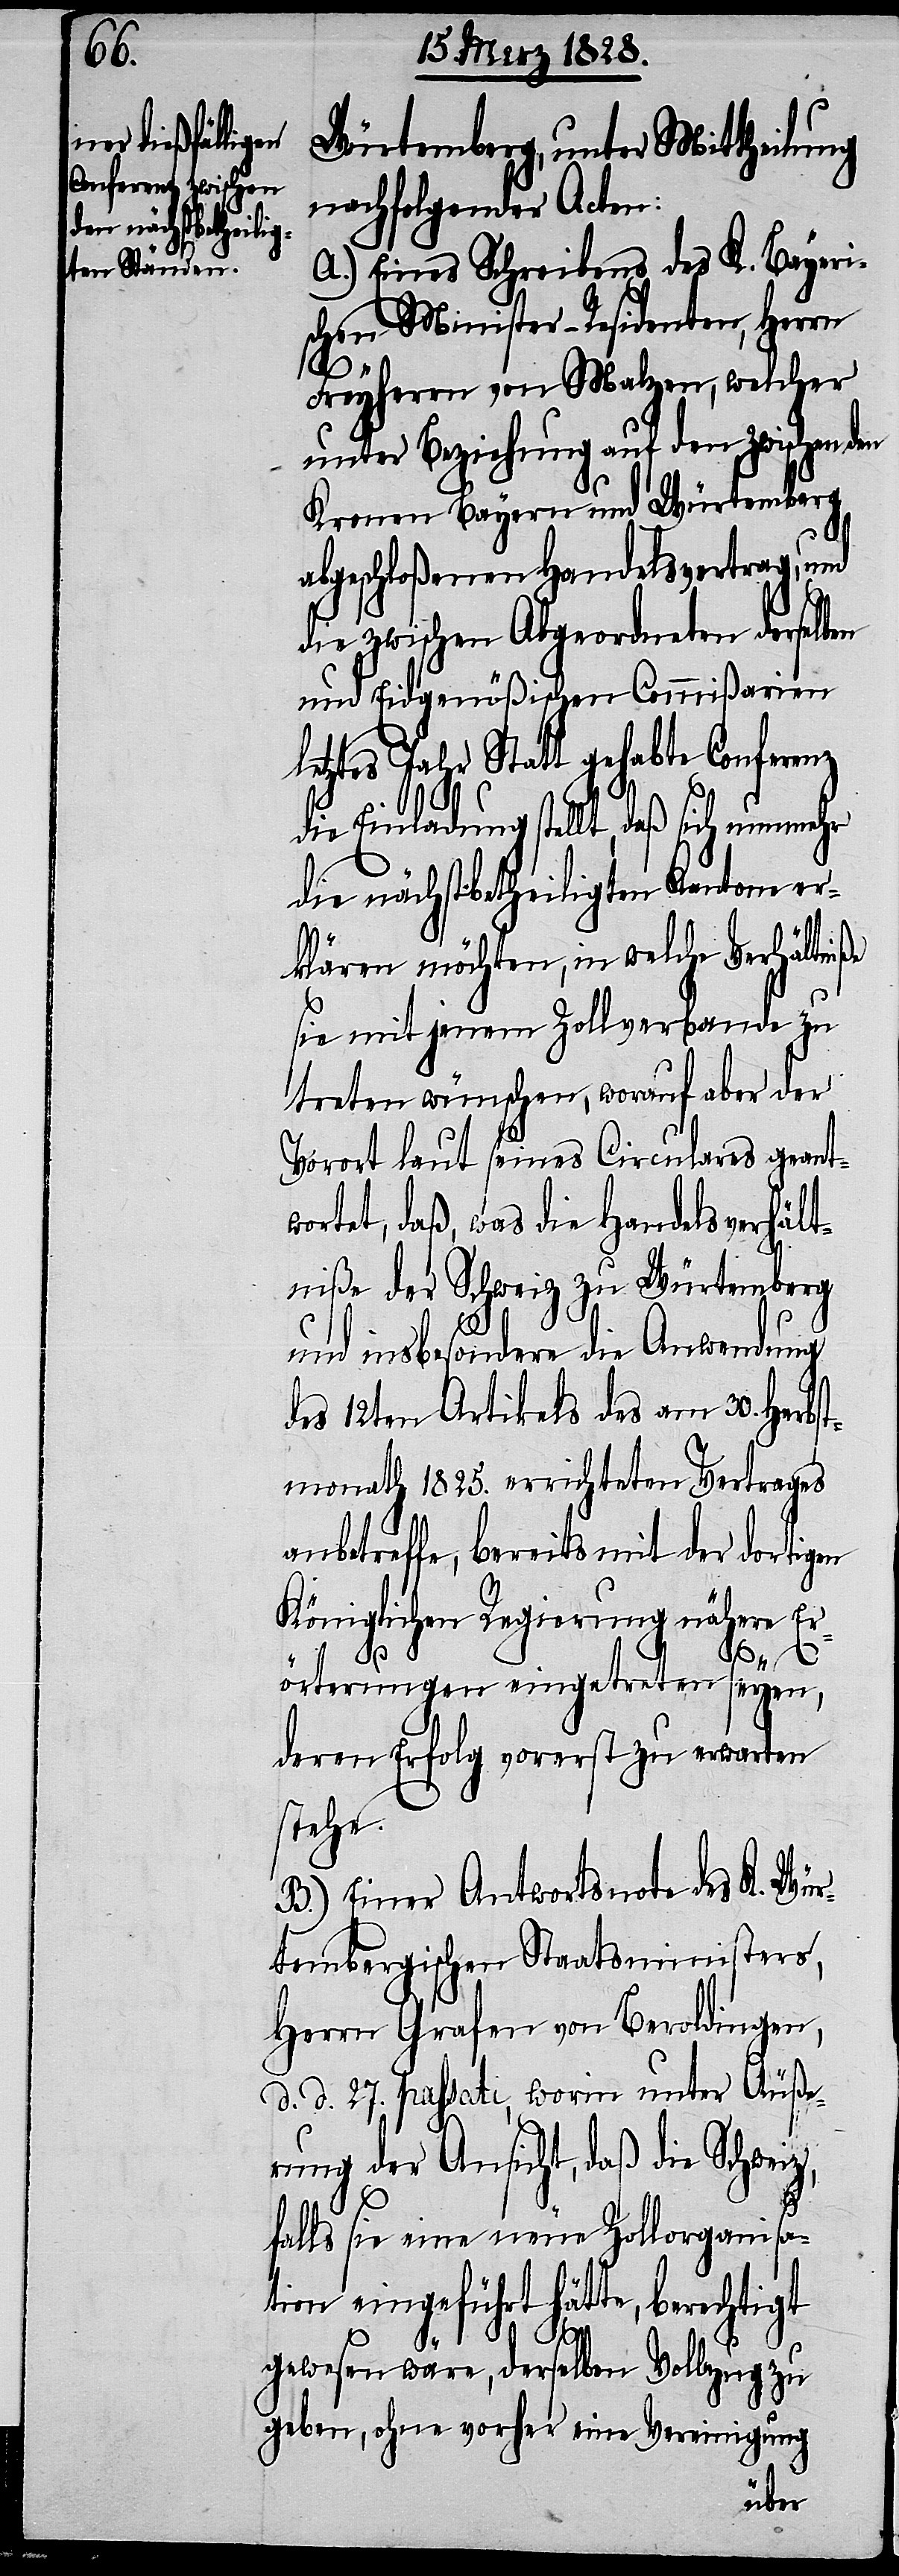
en

Würtemberg, unter Mittheilung
nachfolgender Acten:
A.) Eines Schreibens des K. Bayeri¬
schen Minister-Residenten, Herrn
Freyherrn von Malzen, welcher
unter Beziehung auf den zwischen
Kronen Bayern und Würtemberg
abgeschloßenen Handelsvertrag, und
die zwischen Abgeordneten derselben
und Eidgenößischen Commißarien
letztes Jahr Statt gehabte Conferenz
die Einladung stellt, daß sich nunmehr
die nächstbetheiligten Kantone er¬
klären möchten, in welche Verhältniße
sie mit jenem Zollverbande zu
treten wünschen, worauf aber der
Vorort laut seines Circulares geant¬
wortet, daß, was die Handelsverhält¬
niße der Schweiz zu Würtemberg
und insbesondere die Anwendung
des 12ten Artikels des am 30. Herbs¬
tmonath 1825. errichteten Vertrages
anbetreffe, bereits mit der dortig¬
Königlichen Regierung nähere Er¬
örterungen eingetreten seyen,
deren Erfolg vorerst zu erwarten
stehe.
B.) Einer Antwortsnote des K. Wür¬
tembergischen Staatsministers,
Herrn Grafen von Beroldingen,
d. d. 27. passati, worin unter Äuße¬
rung der Ansicht, daß die Schweiz,
falls sie eine neue Zollorganisa¬
tion eingeführt hätte, berechtigt
gewesen wäre, derselben Vollzug zu
geben, ohne vorher eine Vereinigung